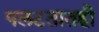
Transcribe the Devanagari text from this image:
पलटतातही